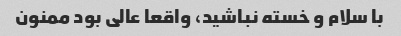
با سلام و خسته نباشید، واقعا عالی بود ممنون